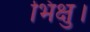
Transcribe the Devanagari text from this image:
भिक्षु।